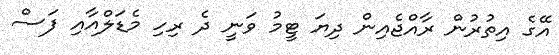
އޭގެ އިތުރުން ރާއްޖެއިން ދިޔަ ޓީމު ވަނީ ދެ ރިހި މެޑަލްއާއި ފަސް